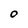
Character: O